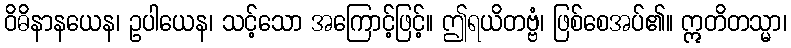
ဝိဓိနာနယေန၊ ဥပါယေန၊ သင့်သော အကြောင့်ဖြင့်။ ဤရယိတဗ္ဗံ၊ ဖြစ်စေအပ်၏။ ဣတိတသ္မာ၊